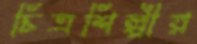
চিত্রশিল্পীর